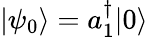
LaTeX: |\psi_{0}\rangle=a_{1}^{\dagger}|0\rangle